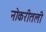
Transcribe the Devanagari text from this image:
नोकरीतली